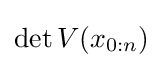
{\textstyle \det V(x_{0:n})}